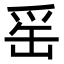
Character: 䍃